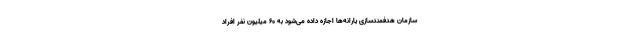
سازمان هدفمندسازی یارانه‌ها اجازه داده می‌شود به ۶۰ میلیون نفر افراد